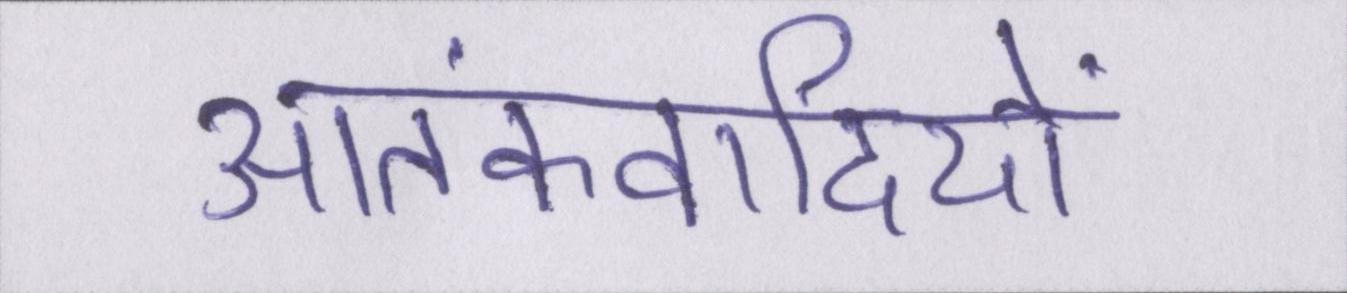
आतंकवादियों